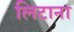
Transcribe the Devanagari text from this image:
लिटाना